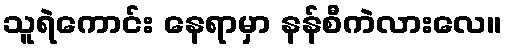
သူရဲကောင်း နေရာမှာ နန်စီကဲလားလေ။